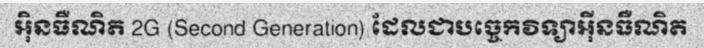
អ៊ិនធឺណិត 2G (Second Generation) ដែលជាបច្ចេកវិទ្យាអ៊ីនធឺណិត